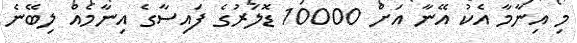
މި އިނާމާ އެކު އޭނާ އަށް 10000 ޑޮލަރުގެ ފައިސާގެ އިނާމެއް ލިބޭނެ